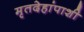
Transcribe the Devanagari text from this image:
मृतदेहांपाशी